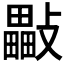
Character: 𣀜